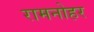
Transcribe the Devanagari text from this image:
रामनोहर